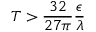
T > \frac { 3 2 } { 2 7 \pi } \frac \epsilon \lambda